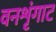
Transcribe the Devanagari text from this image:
वनशृंगाट